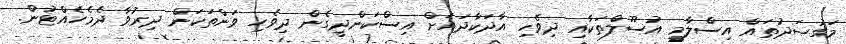
މަގުޞަދުތައް އިސްލާމީ އުސޫލްތަކާއި ދިވެހި އާދަކާދައަށް އިސްކަންދީގެން ދިވެހި ވަންތަކަން ދިރުވާ ދެމެހެއްޓުން.